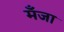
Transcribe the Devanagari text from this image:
मँजा